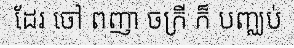
ដែរ ចៅ ពញា ចក្រី ក៏ បញ្ឈប់